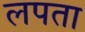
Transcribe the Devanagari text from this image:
लपता